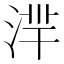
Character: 𣶿